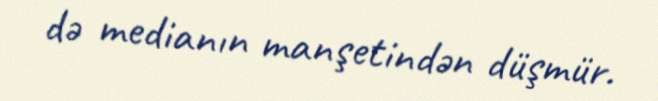
də medianın manşetindən düşmür.